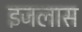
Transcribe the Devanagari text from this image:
इजलास